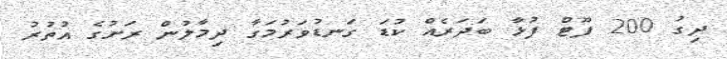
ދިގު 200 ފޫޓް ފުޅާ ބަދަރެއް ކުޑަ ގަނޑުވަރުމަގާ ދިމާލުން ރަށުގެ އުތުރު